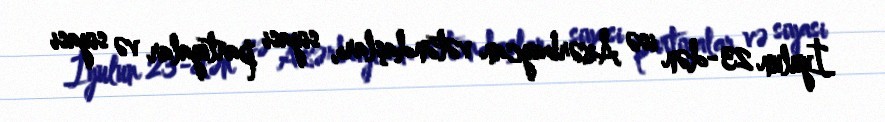
İyulun 23-dən isə Azərbaycan vətəndaşları, siyasi partiyalar və siyasi